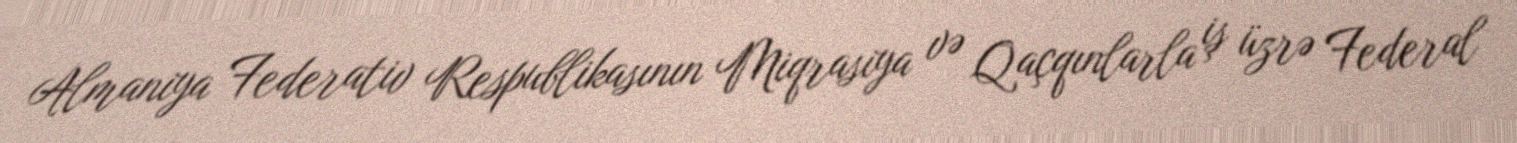
Almaniya Federativ Respublikasının Miqrasiya və Qaçqınlarla iş üzrə Federal